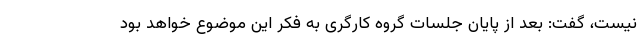
نیست، گفت: بعد از پایان جلسات گروه کارگری به فکر این موضوع خواهد بود